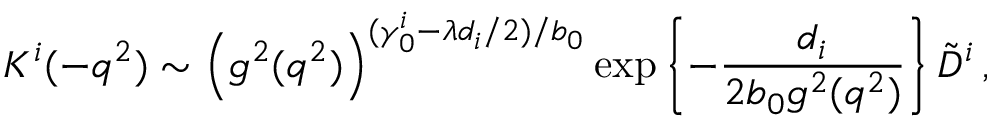
K ^ { i } ( - q ^ { 2 } ) \sim \left( g ^ { 2 } ( q ^ { 2 } ) \right) ^ { ( \gamma _ { 0 } ^ { i } - \lambda d _ { i } / 2 ) / b _ { 0 } } \exp \left\{ - { \frac { d _ { i } } { 2 b _ { 0 } g ^ { 2 } ( q ^ { 2 } ) } } \right\} \tilde { D } ^ { i } \, ,